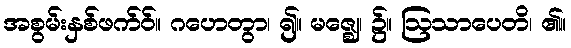
အစွမ်းနှစ်ဖက်ဝ်။ ဂဟေတွာ၊ ၍။ မဇ္ဈေ၊ ၌။ ဩသာပေတိ၊ ၏။